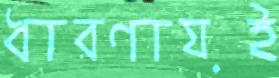
ধারণায়ই